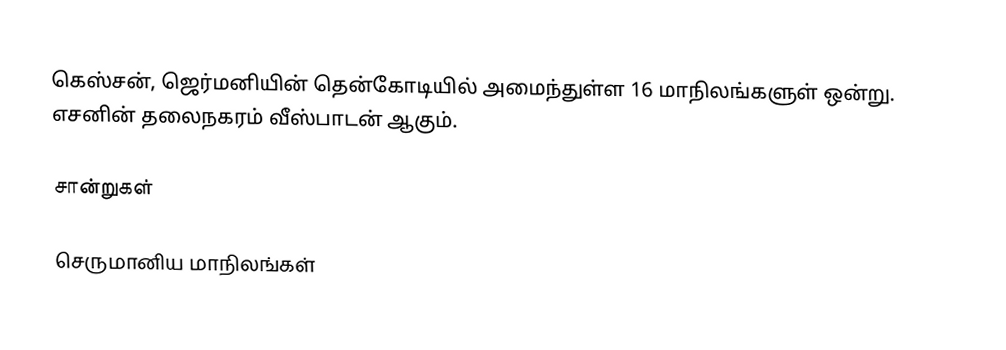
கெஸ்சன், ஜெர்மனியின் தென்கோடியில் அமைந்துள்ள 16 மாநிலங்களுள் ஒன்று. எசனின் தலைநகரம் வீஸ்பாடன் ஆகும்.

சான்றுகள்

செருமானிய மாநிலங்கள்